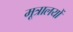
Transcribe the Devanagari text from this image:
मूत्रालयों